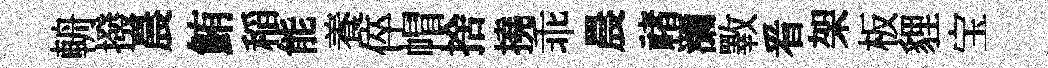
輈撥晨鮪稲能養倅帽捨撓乖晨禇瀰斁㸔架板貍宝